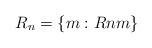
LaTeX: \begin{align*}R_{n} = \{m: Rnm\}\end{align*}